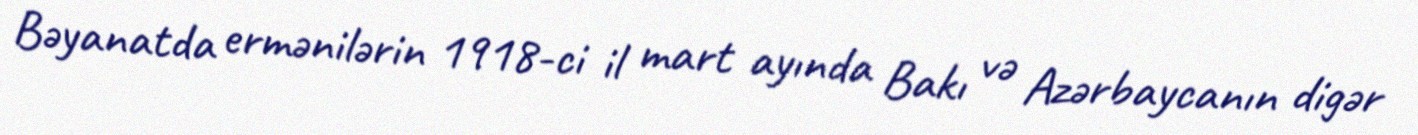
Bəyanatda ermənilərin 1918-ci il mart ayında Bakı və Azərbaycanın digər